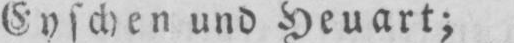
Eyschen und Heuart;